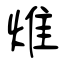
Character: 焳